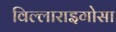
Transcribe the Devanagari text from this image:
विल्लाराइगोसा